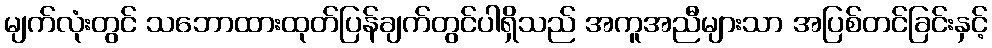
မျက်လုံးတွင် သဘောထားထုတ်ပြန်ချက်တွင်ပါရှိသည် အကူအညီများသာ အပြစ်တင်ခြင်းနှင့်